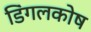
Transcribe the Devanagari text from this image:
डिंगलकोष